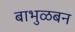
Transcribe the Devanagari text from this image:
बाभुळबन